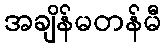
အချိန်မတန်မီ